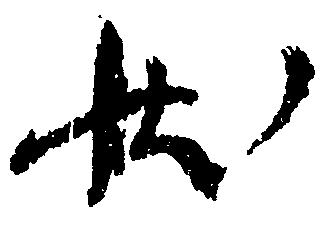
状